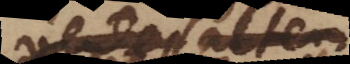
vel saltem